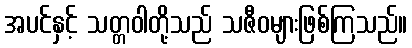
အပင်နှင့် သတ္တဝါတို့သည် သဇီဝများဖြစ်ကြသည်။